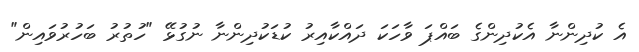
އެ ކުދިންނާ އެކުދިންގެ ބައްޕަ ވާހަކަ ދައްކާއިރު ކުޑަކުދިންނާ ނުގުޅޭ "ހުތުރު ބަހުރުވައިން"